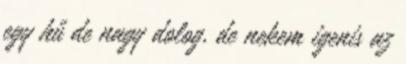
egy hű de nagy dolog, de nekem igenis az